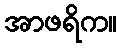
အာဖရိက။